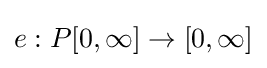
e:P[0,\infty ]\to [0,\infty ]